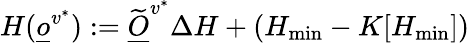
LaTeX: H(\underline{o}^{v^{*}}):=\widetilde{\underline{O}}^{v^{*}}\Delta H+(H_{\operatorname*{min}}-K[H_{\operatorname*{min}}])